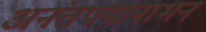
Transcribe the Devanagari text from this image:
अनंतपद्मनाभन